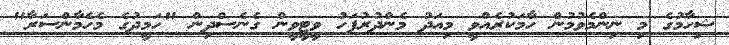
ޝިހާމުގެ މި ނިންމެވުމުން ހާމަކުރެއްވީ މިއަދު މެންދުރުފަހު ވީޓީވީން ގެނެސްދިން "ހަމީދުގެ މެހެމާންސަރާ"